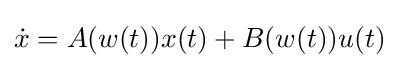
{\dot {x}}=A(w(t))x(t)+B(w(t))u(t)